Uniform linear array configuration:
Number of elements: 48
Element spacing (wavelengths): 0.5
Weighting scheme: uniform
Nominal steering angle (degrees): -45
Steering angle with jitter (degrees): -45.075
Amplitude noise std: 0.05
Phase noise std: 0.05

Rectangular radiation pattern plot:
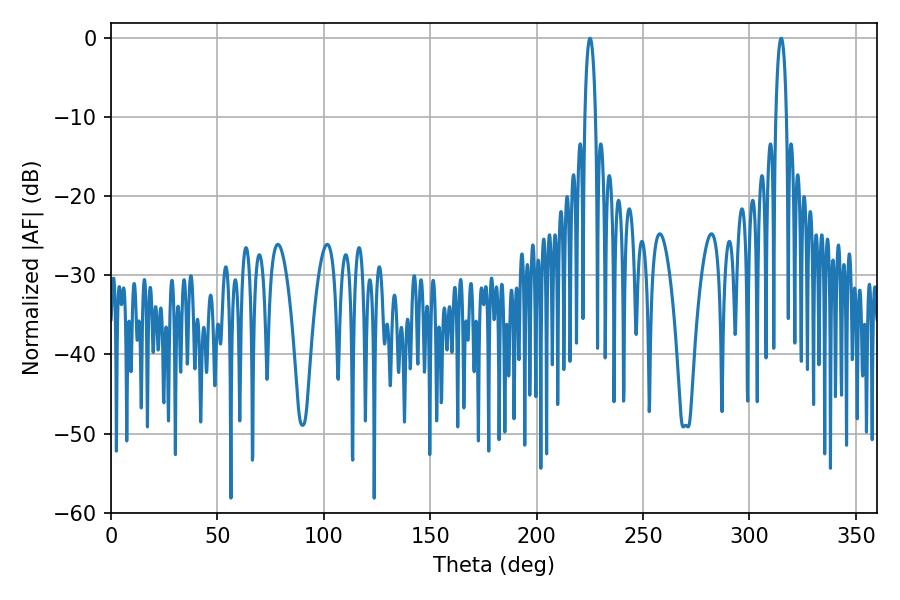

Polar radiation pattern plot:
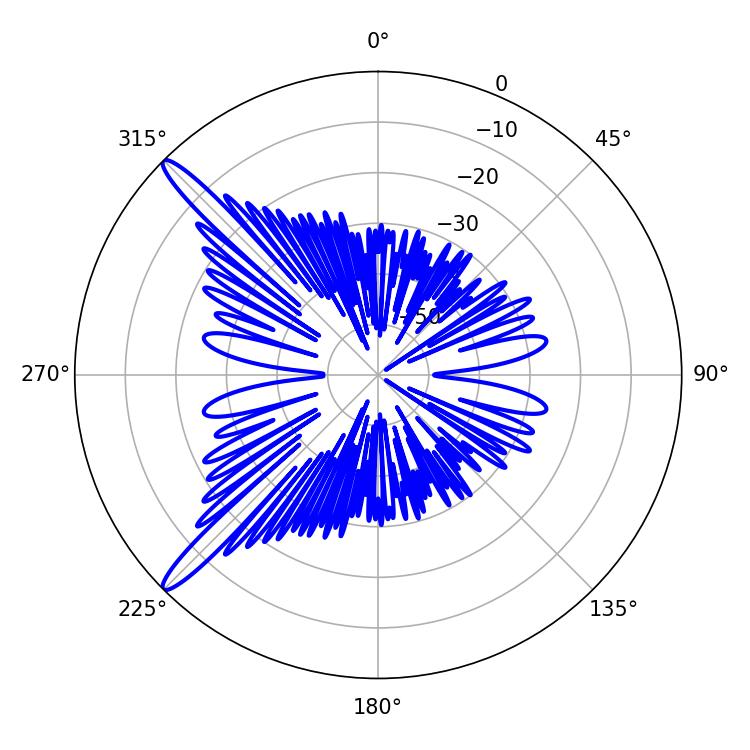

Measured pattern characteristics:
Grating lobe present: FALSE
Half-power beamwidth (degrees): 2.7
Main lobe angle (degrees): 225